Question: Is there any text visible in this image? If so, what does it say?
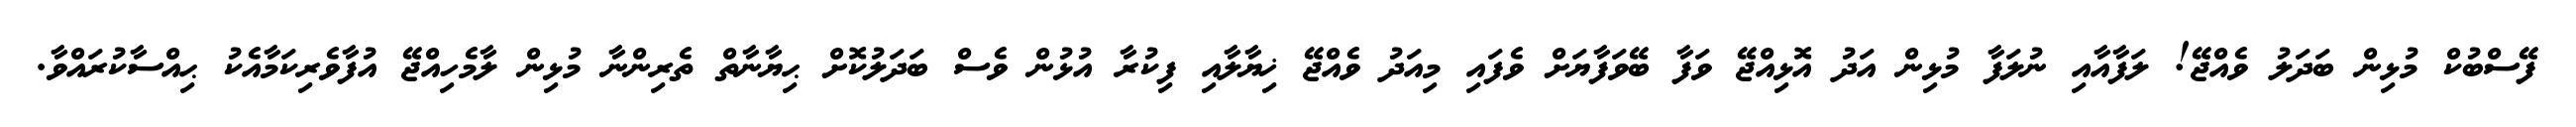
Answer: ފޭސްބުކް މުޅިން ބަދަލު ވެއްޖޭ! ލަފާއާއި ނުލަފާ މުޅިން އަދު އޮޅިއްޖޭ ވަފާ ބޭވަފާޔަށް ވެފައި މިއަދު ވެއްޖޭ ޚިޔާލާއި ފިކުރާ އުޅުން ވެސް ބަދަލުކޮށް ޙިޔާނާތް ތެރިންނާ މުޅިން ލާމެހިއްޖޭ އުފާވެރިކަމާއެކު ޙިއްސާކުރައްވާ.